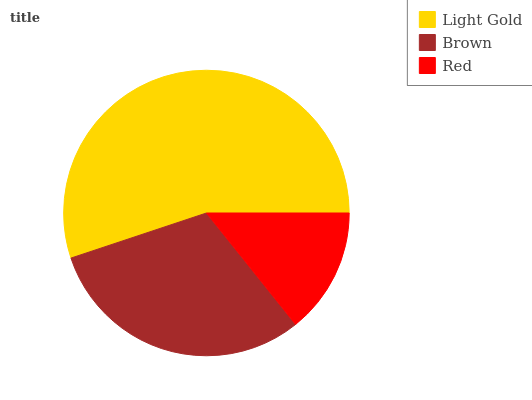
| Light Gold | Brown | Red |
 | --- | --- | --- |
 | 55.1% | 30.6% | 14.3% |